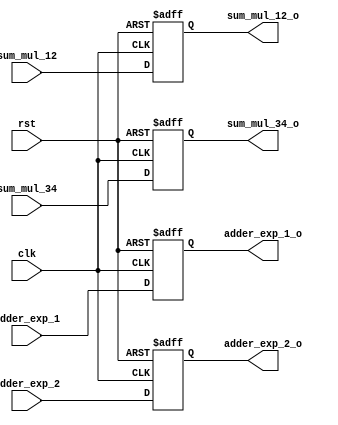
`timescale 1ns/1ns

module reg_3 (
    output reg [7:0] adder_exp_1_o, adder_exp_2_o,
    output reg signed [51:0] sum_mul_12_o, sum_mul_34_o,
    input [7:0] adder_exp_1, adder_exp_2,
    input signed [51:0] sum_mul_12, sum_mul_34,
    input clk, rst
);

always @(posedge clk, negedge rst) 
    if(~rst) begin
        adder_exp_1_o <= 8'b0;
        adder_exp_2_o <= 8'b0;
        sum_mul_12_o <= 52'b0;
        sum_mul_34_o <= 52'b0;
    end
    else begin
        adder_exp_1_o <= adder_exp_1;
        adder_exp_2_o <= adder_exp_2;
        sum_mul_12_o <= sum_mul_12;
        sum_mul_34_o <= sum_mul_34;
    end
endmodule